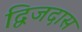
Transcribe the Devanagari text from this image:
द्विजदास